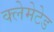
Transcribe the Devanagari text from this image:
क्लेमेटेड